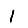
Digit: 1